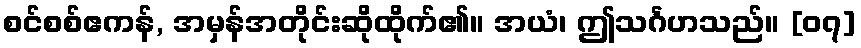
စင်စစ်ဧကန်, အမှန်အတိုင်းဆိုထိုက်၏။ အယံ၊ ဤသင်္ဂဟသည်။ [၀၇]